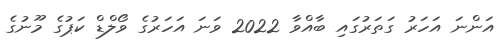
އަންނަ އަހަރު ގަތަރުގައި ބާއްވާ 2022 ވަނަ އަހަރުގެ ވޯލްޑް ކަޕުގެ މޫނުގެ